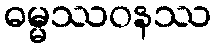
ဓမ္မဿဝနဿ